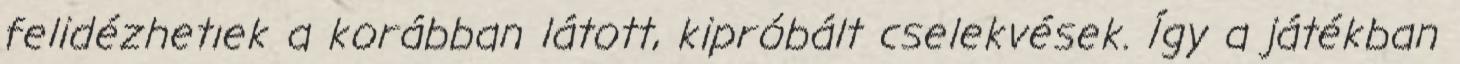
felidézhetıek a korábban látott, kipróbált cselekvések. Így a játékban